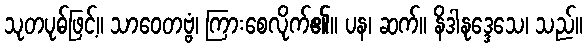
သုတပုဓ်ဖြင့်။ သာဝေတဗ္ဗံ၊ ကြားစေလိုက်၏။ ပန၊ ဆက်။ နိဒါနုဒ္ဒေသေ၊ သည်။